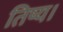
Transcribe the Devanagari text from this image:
तिष्य।